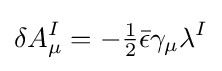
\delta A_{\mu }^{I}=-{\tfrac {1}{2}}{\bar {\epsilon }}\gamma _{\mu }\lambda ^{I}